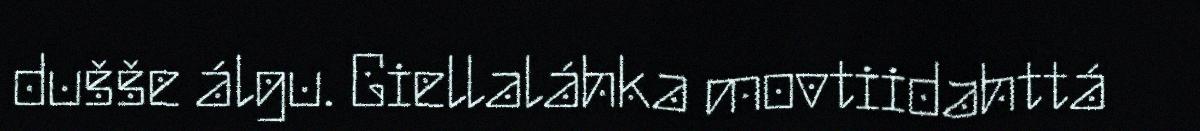
dušše álgu. Giellaláhka movtiidahttá